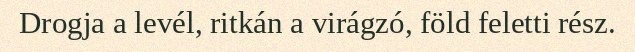
Drogja a levél, ritkán a virágzó, föld feletti rész.